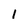
Character: 1